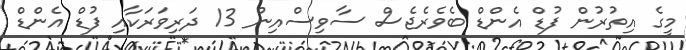
މީގެ އިތުރުން ފުޑް އެންޑް ބެވެރެޖެސް ސާވިސްއިން 13 ދަރިވަރަކާއި ފުޑް އެންޑް